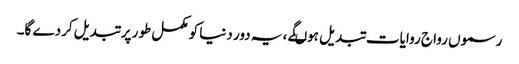
رسموں رواج روایات تبدیل ہوںگے ، یہ دور دنیا کو مکمل طور پر تبدیل کردے گا۔